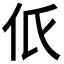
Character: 𠇊